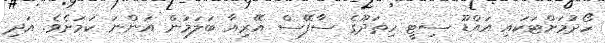
ހޯދުމަށްޓަކައި އައްޑޫ ސިޓީ ހިތަދޫގެ ސާފޭސް އޭރިއާ ބަލަމުން އަންނަ ކަމަށެވެ. އަދި